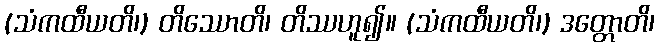
(သံကထီယတိ၊) တိဿောတိ၊ တိဿဟူ၍။ (သံကထီယတိ၊) ဒတ္တောတိ၊